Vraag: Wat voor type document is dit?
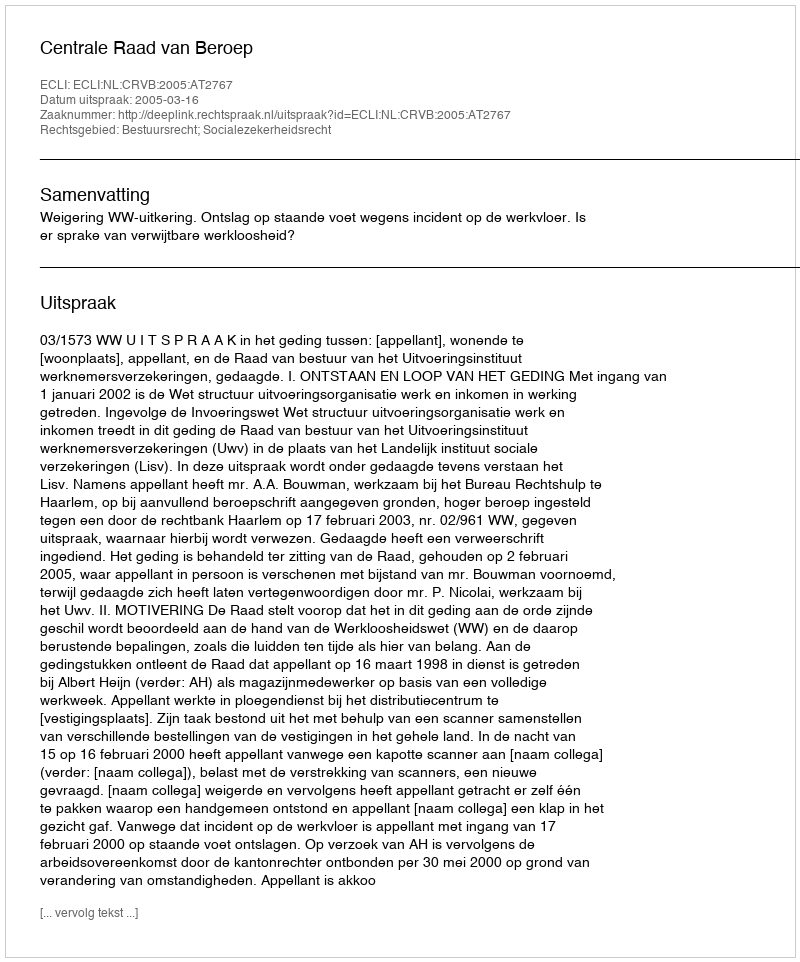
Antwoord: Uitspraak